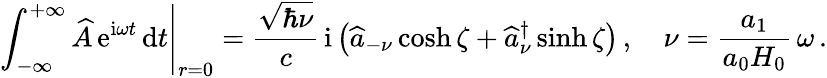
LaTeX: \left.\int_{-\infty}^{+\infty}\widehat{A}\, \mathrm{e}^{\mathrm{i}\omega t}\, \mathrm{d}t\right|_{r=0}=\frac{\sqrt{\hbar\nu}}{c}\, \mathrm{i}\left(\widehat{a}_{-\nu}\cosh\zeta+\widehat{a}_{\nu}^{\dagger}\sinh\zeta\right)\, ,\quad\nu=\frac{a_{1}}{a_{0}H_{0}}\, \omega\, .